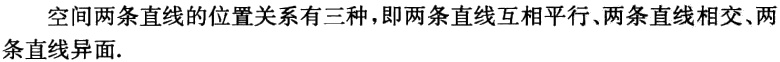
空间两条直线的位置关系有三种，即两条直线互相平行、两条直线相交、两条直线异面.